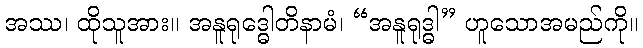
အဿ၊ ထိုသူအား။ အနူရုဒ္ဓေါတိနာမံ၊ “အနူရုဒ္ဓါ” ဟူသောအမည်ကို။